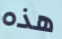
هذه